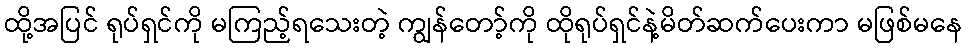
ထို့အပြင် ရုပ်ရှင်ကို မကြည့်ရသေးတဲ့ ကျွန်တော့်ကို ထိုရုပ်ရှင်နဲ့မိတ်ဆက်ပေးကာ မဖြစ်မနေ